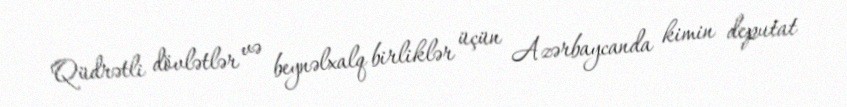
Qüdrətli dövlətlər və beynəlxalq birliklər üçün Azərbaycanda kimin deputat